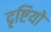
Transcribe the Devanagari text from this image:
दृष्टियो